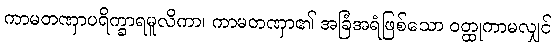
ကာမတဏှာပရိက္ခာရမူလိကာ၊ ကာမတဏှာ၏ အခြံအရံဖြစ်သော ဝတ္ထုကာမလျှင်